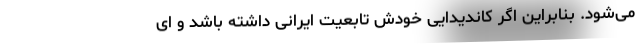
می‌شود. بنابراین اگر کاندیدایی خودش تابعیت ایرانی داشته باشد و ای